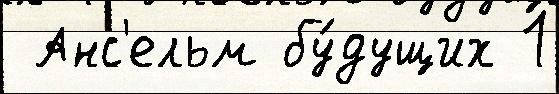
 Анс'ельм бу́дущих 1